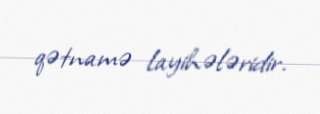
qətnamə layihələridir.